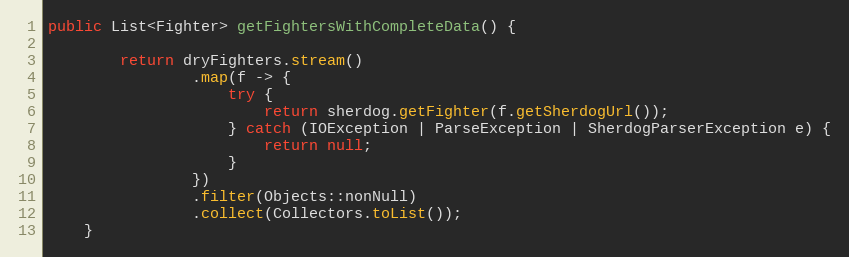
Language: Java
public List<Fighter> getFightersWithCompleteData() {

        return dryFighters.stream()
                .map(f -> {
                    try {
                        return sherdog.getFighter(f.getSherdogUrl());
                    } catch (IOException | ParseException | SherdogParserException e) {
                        return null;
                    }
                })
                .filter(Objects::nonNull)
                .collect(Collectors.toList());
    }